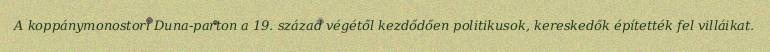
A koppánymonostori Duna-parton a 19. század végétől kezdődően politikusok, kereskedők építették fel villáikat.